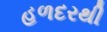
હળદરથી